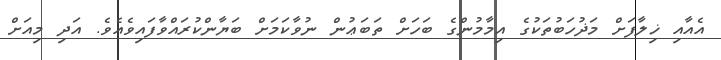
އެއާއި ޚިލާފަށް މަޛުހަބުތަކުގެ އިމާމުންގެ ބަހަށް ތަބަޢުން ނުވާކަމަށް ބަޔާންކުރައްވާފައިވެއެވެ. އަދި މިއަށް